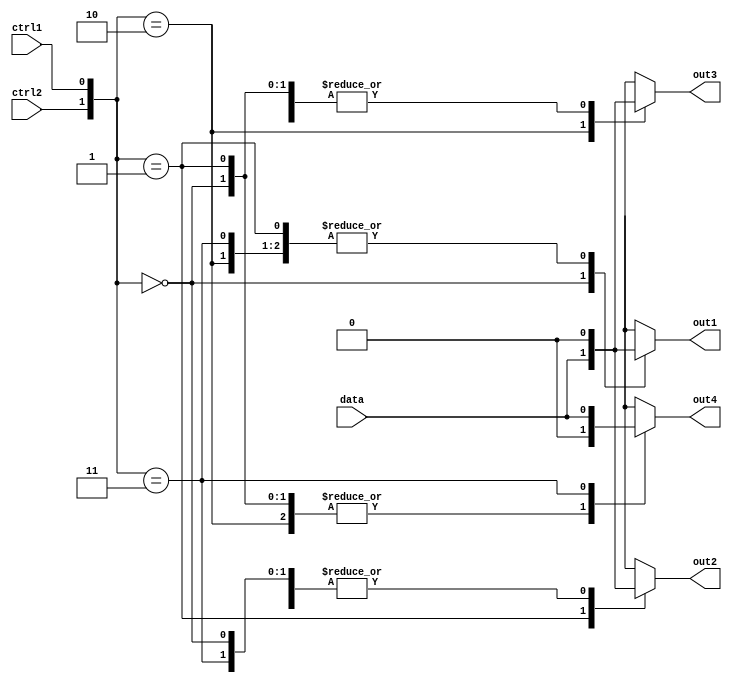
module demux(
    input data,
    input ctrl1,
    input ctrl2,
    output reg out1,
    output reg out2,
    output reg out3,
    output reg out4
);

always @(*) begin
    case ({ctrl2, ctrl1})
        2'b00: begin
            out1 = data;
            out2 = 1'b0;
            out3 = 1'b0;
            out4 = 1'b0;
        end
        2'b01: begin
            out1 = 1'b0;
            out2 = data;
            out3 = 1'b0;
            out4 = 1'b0;
        end
        2'b10: begin
            out1 = 1'b0;
            out2 = 1'b0;
            out3 = data;
            out4 = 1'b0;
        end
        2'b11: begin
            out1 = 1'b0;
            out2 = 1'b0;
            out3 = 1'b0;
            out4 = data;
        end
    endcase
end

endmodule